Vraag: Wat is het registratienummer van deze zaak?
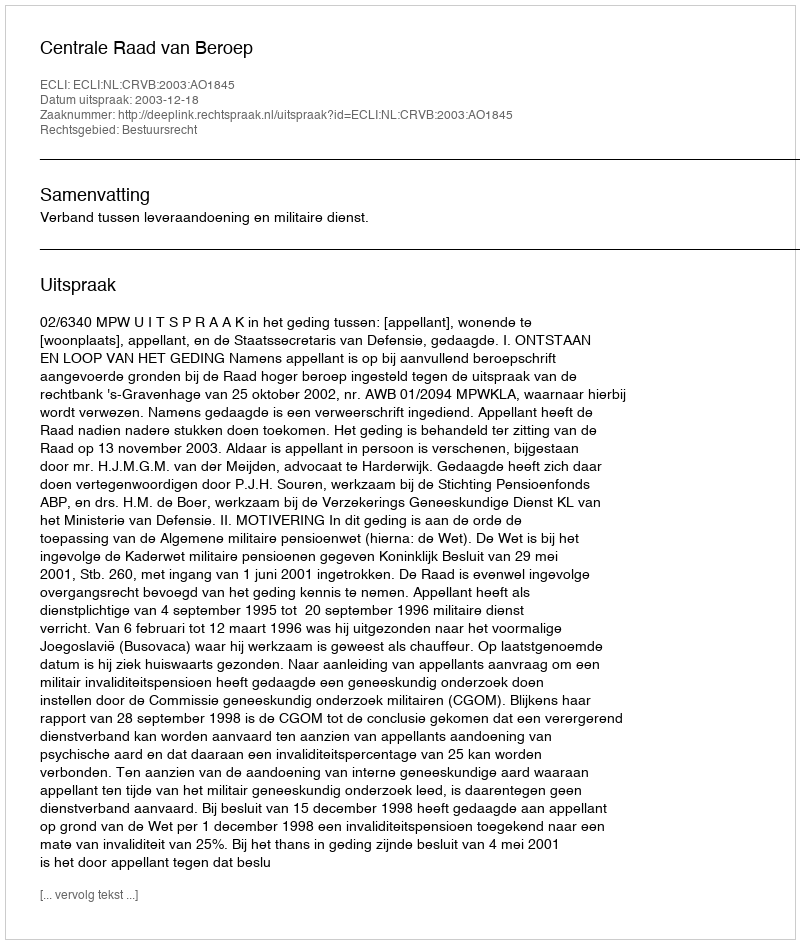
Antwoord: http://deeplink.rechtspraak.nl/uitspraak?id=ECLI:NL:CRVB:2003:AO1845